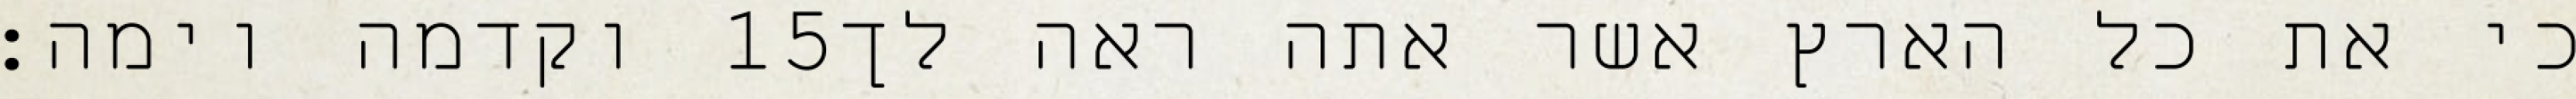
וקדמה וימה׃ ‎15‏ כי את כל הארץ אשר אתה ראה לך